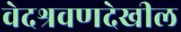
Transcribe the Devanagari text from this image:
वेदश्रवणदेखील